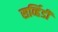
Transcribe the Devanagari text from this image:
सर्व्हिडी